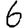
Digit: 6